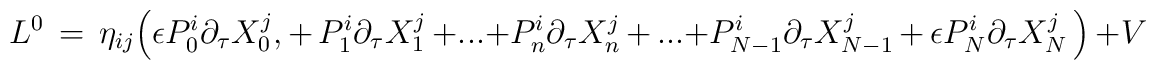
L^0 \,=\,\eta_{ij} \Big( \epsilon P_0^i  \partial _\tau X^j_0,+ \,P_1^i  \partial _\tau X^j_1\, + ...+ P_n^i  \partial _\tau X^j_n \,+\,...+P_{N-1}^i  \partial _\tau X^j_{N-1} \,+\,\epsilon P_N^i  \partial _\tau X^j_N \,\Big)\,+ V